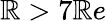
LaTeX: \mathbb{R}>7\mathbb{R}e